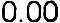
0.00